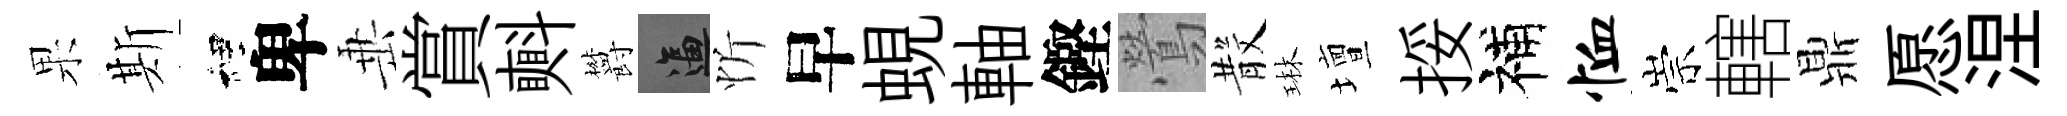
果斯裡卑𡸁賞㪺欝逼忻早蜆軸鏗鶯𣪚琳壇挼補恤崇轄鼎愿涅